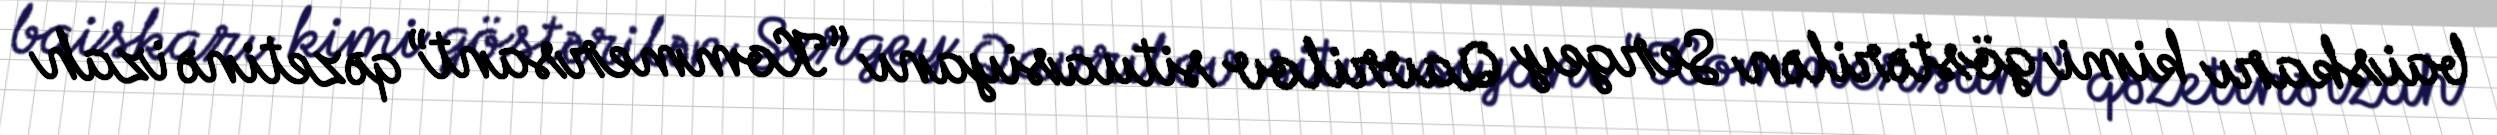
baiskarı kimi göstərilən Sergey Qavrilov situasiyanı “Kommersant” qəzetinə izah